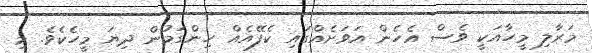
މަރާލި މީހާއަކީ ވެސް އެހެން އަވަށެއްގައި ކެފޭއެއް ހިންގަމުން ދިޔަ މީހެކެވެ. މި